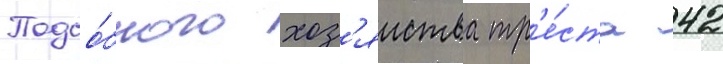
Подсо́бного хоз'яиства тр'е́ста 42